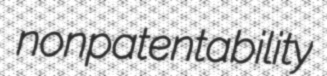
nonpatentability